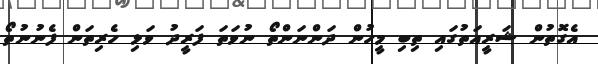
އެގޮތުން ޝަރީއަތުގައި ތިބި މީހުން ދަންނަންތޯ ނުވަތަ ފަރީދު ވަޅި ހެރިތަން ފެނުނުތޯ